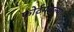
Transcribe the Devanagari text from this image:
फोर्टमधल्या